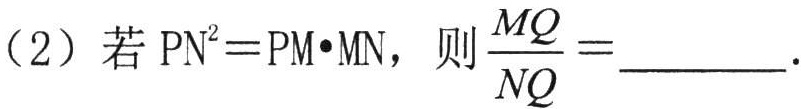
（2）若\(PN^{2}=PM\cdot MN\)，则\(\frac{MQ}{NQ}=\_\_\_\_\_\)。